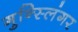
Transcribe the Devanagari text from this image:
गुन्स्लिंगर